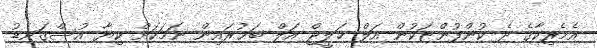
އެމެރިކާގެ ދެ ކުންފުންޏަކުން އަލް ޚަލީޖް އަލް ބަޙުރައިން ނަމަކަށް ކިޔާ އުސްގަނޑު